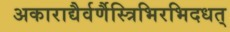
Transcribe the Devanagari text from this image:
अकाराद्यैर्वर्णैस्त्रिभिरभिदधत्